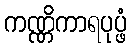
ကဏ္ဏိကာရပုပ္ဖံ